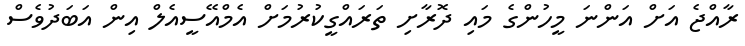
ރާއްޖެ އަށް އަންނަ މީހުންގެ މައި ދޮރާށި ތަރައްގީކުރުމަށް އެމްއޭސީއެލް އިން އަބަދުވެސް